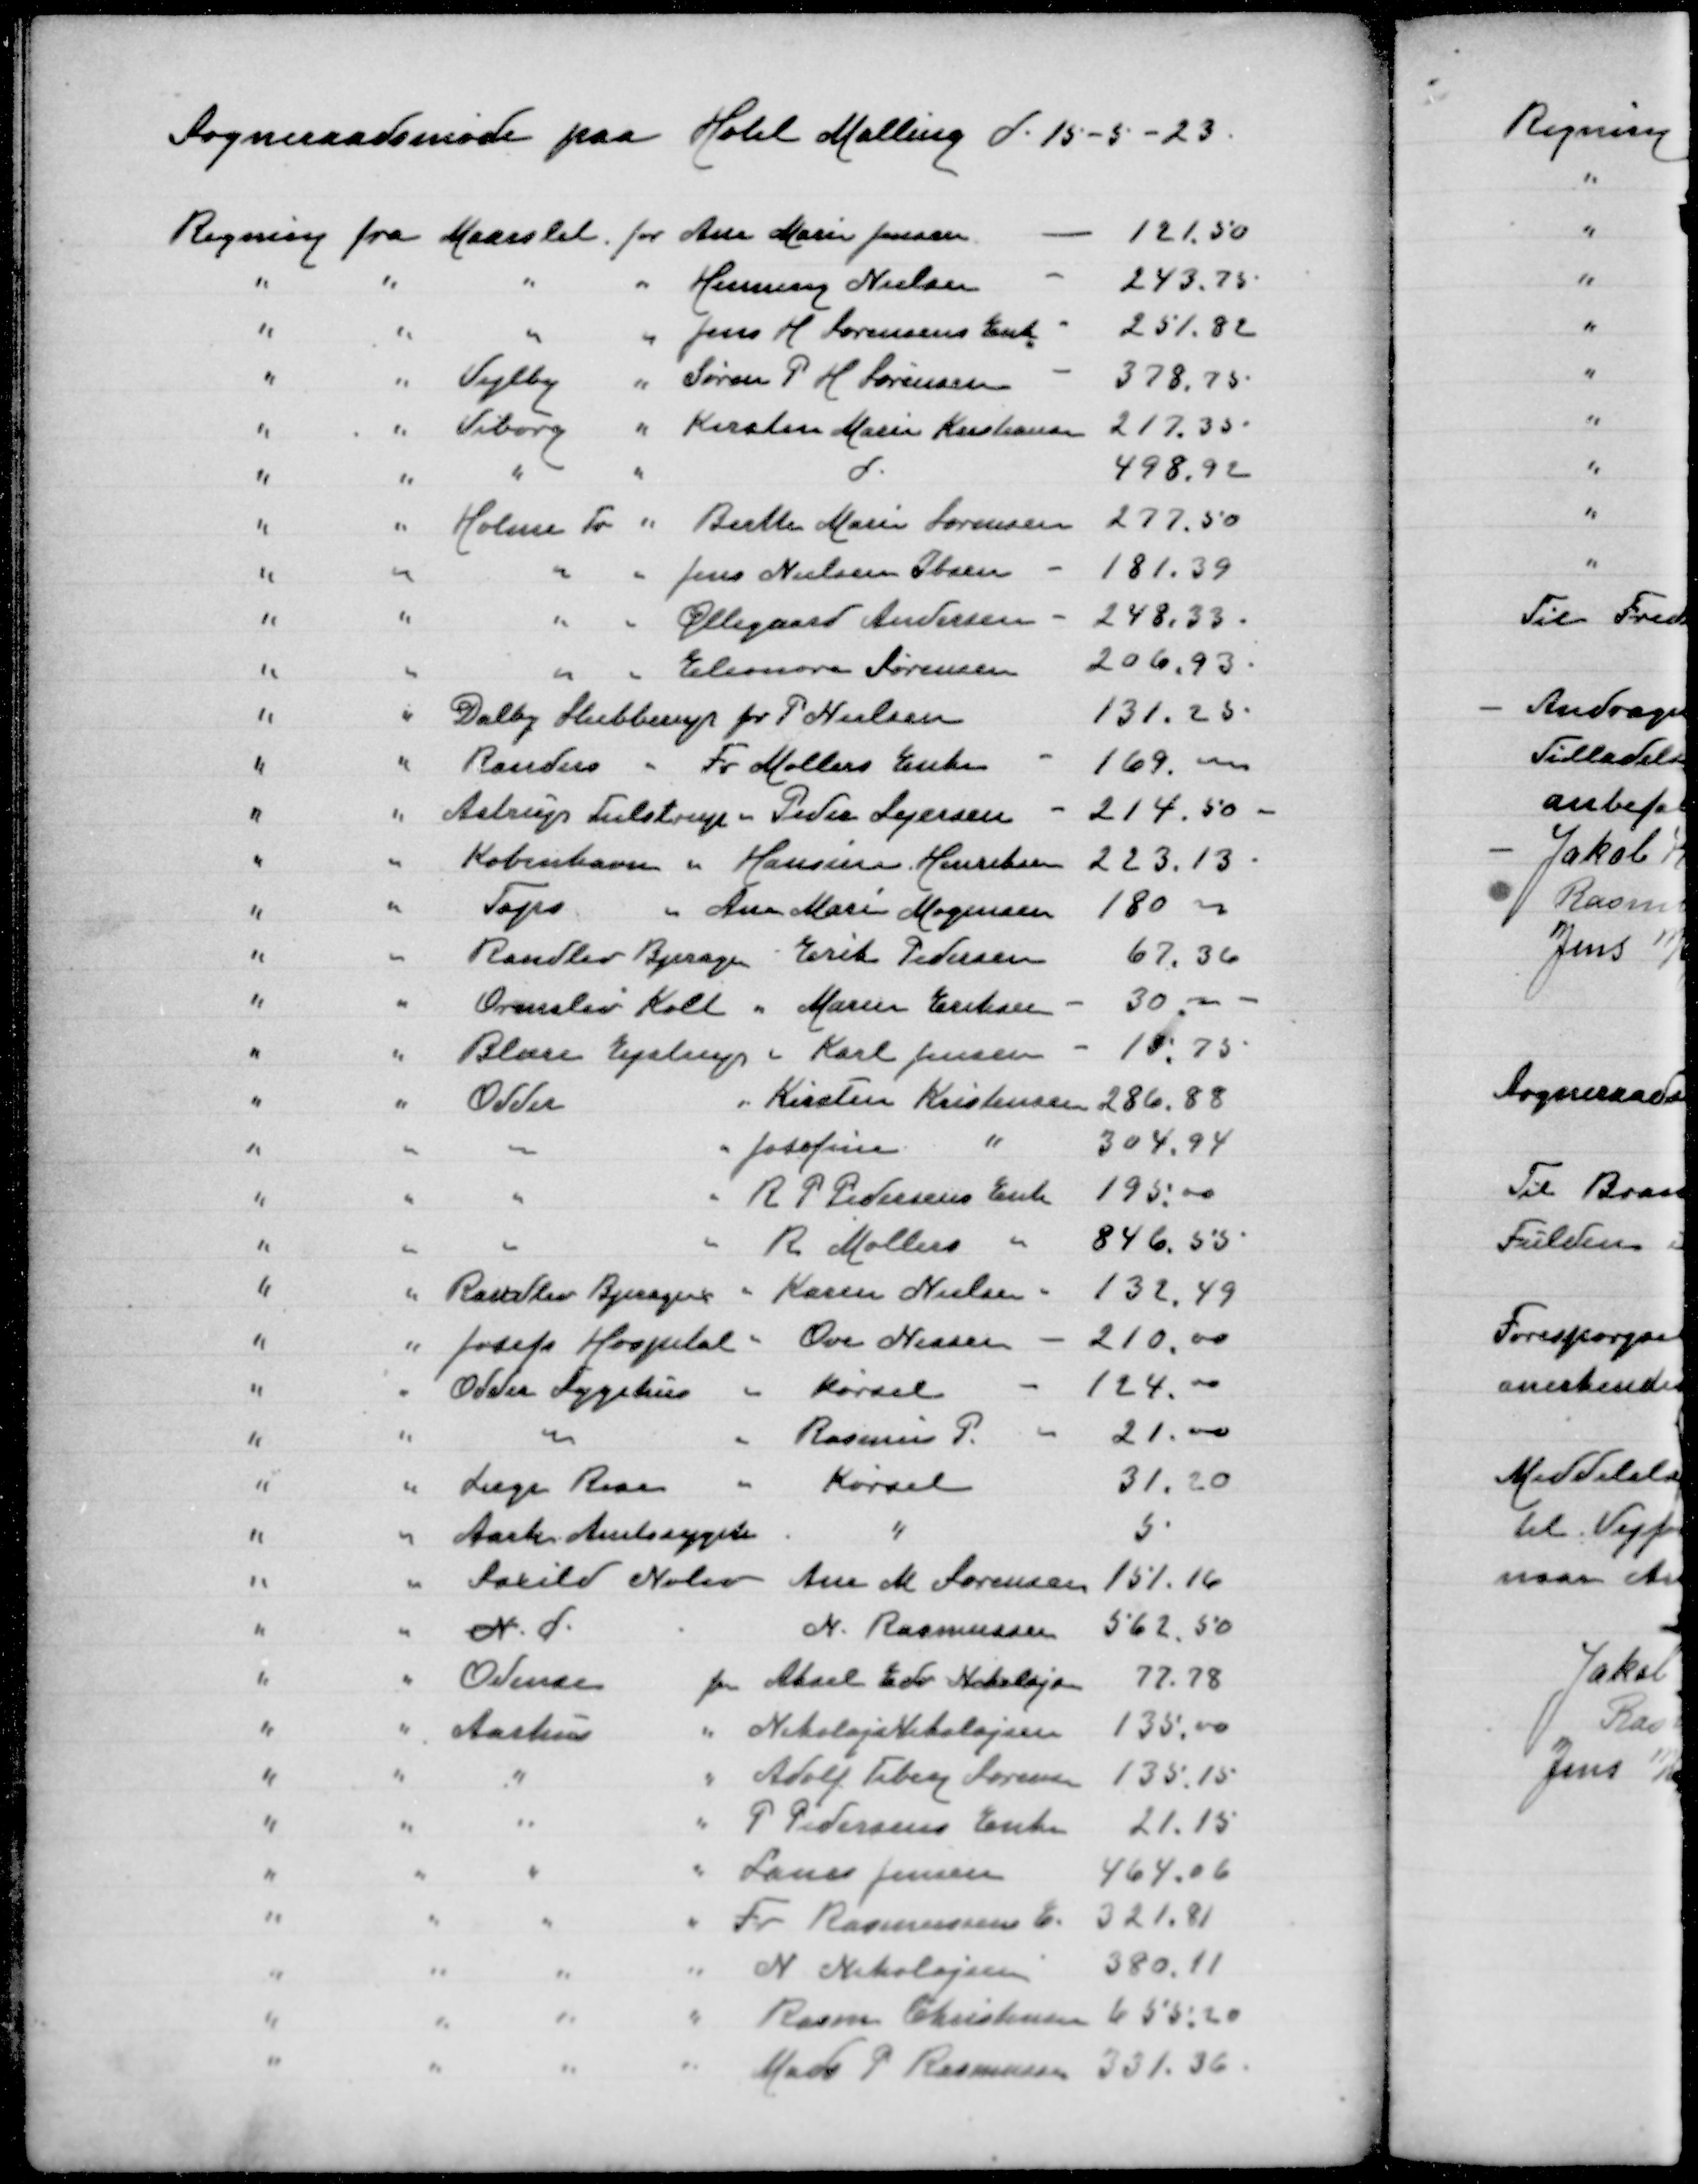
Transskription:
Sogneraadsmøde paa Hotel Malling d 15-5-23
Regning fra Maarslet for Ane Marie Jensen - 121,50
" " " " Henning Nielsen - 243,75
" " " " Jens H Søresens Enk - 251,82
" " Vejlby " Søren P H Sørensen - 378,75
" " Viborg " Kirsten Marie Kristensen 217,35
" " " " d 498,92
" " Holme Tr " Birthe Marie Sørensen 277,50
" " " " Jens Nielsen Ibsen - 181,39
" " " " Øllegaard Anndersen - 248,33
" " " " Eleonora Sørensen 206,93
" " Dalby Stubberup for P Nielsen 131,25
" " Randers " Fr Møllers Enke - 169,00
" " Astrup Tulstrup " Peder Sejersen - 214,50
" " København " Hansine Henriksen 223,13
" " Taps " Ane Marie Mogensen 180,00
" " Randlev Bjerager " Erik Pedersen 67,36
" " Ormslev Kolt " Maren Eriksen - 30,00
" " Blære Ejstrup " Karl Jensen - 15,75
" " Odder " Kirsten Kristensen 286,88
" " " " Josefine " 304,94
" " " " A P Pedersens Enke 195,00
" " " "  R Møllers " 846,55
" " Randlev Bjerager " Karen Nielsen - 132,49
" " Josefs Hospital " Ove Nissen - 210,00
" " Odder Sygehus " Kørsel - 124,oo
" " " " Rasmus P - 21,00
" " Læge Rear " Kørsel 31,20
" " Aarh Amtssygehus " 5
" " Saxild Nølev Ane M Sørensen 151,16
" " N d N Rasmussen 562,50
" " Odense for Aksel Edv Nikolajsen 77,78
" " Aarhus " Nikolaj Nikolajsen 135,00
" " " " Adolf Tiberg Sørensen 135,15
" " " " P Pedersens Enke 21,15
" " " " Laurs Jensen 464,06
" " " " Fr Rasmusssens E 321,81
" " " " N Nikolajsen 380,11
" " " " Rasmus Christensen 655,20
" " " " Mads P Rasmussen 331, 36